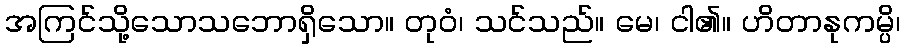
အကြင်သို့သောသဘောရှိသော။ တုဝံ၊ သင်သည်။ မေ၊ ငါ၏။ ဟိတာနုကမ္ပိ၊